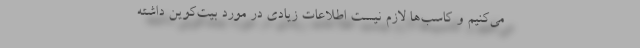
می‌کنیم و کاسب‌ها لازم نیست اطلاعات زیادی در مورد بیت‌کوین داشته